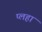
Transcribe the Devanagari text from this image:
प्लहा